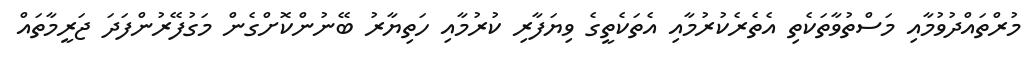
މުރްތައްދުވުމާއި މަސްތުވާތަކެތި އެތެރެކުރުމާއި އެތަކެތީގެ ވިޔަފާރި ކުރުމާއި ހަތިޔާރު ބޭނުންކޮށްގެން މަގުފޭރުންފަދަ ޖަރީމާތައް